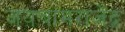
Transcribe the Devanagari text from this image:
जयचामराजेंद्र